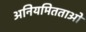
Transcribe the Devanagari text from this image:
अनियमितताओ